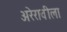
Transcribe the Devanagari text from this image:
अरेरावीला